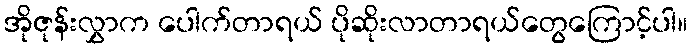
အိုဇုန်းလွှာက ပေါက်တာရယ် ပိုဆိုးလာတာရယ်တွေကြောင့်ပါ။